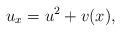
LaTeX: \begin{align*}u_x=u^2+v(x),\end{align*}